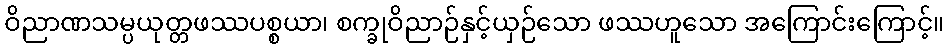
ဝိညာဏသမ္ပယုတ္တဖဿပစ္စယာ၊ စက္ခုဝိညာဉ်နှင့်ယှဉ်သော ဖဿဟူသော အကြောင်းကြောင့်။